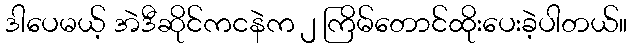
ဒါပေမယ့် အဲဒီဆိုင်ကငနဲက ၂ ကြိမ်တောင်ထိုးပေးခဲ့ပါတယ်။